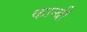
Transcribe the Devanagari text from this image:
कान्बी